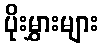
ပိုးမွှားများ